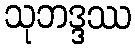
သုဘဒ္ဒဿ